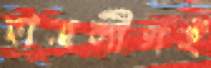
ছাত্রলীগই